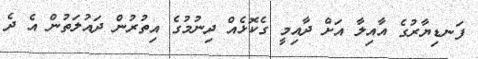
ފަނޑިޔާރުގެ އާއިލާ އަށް ދާއިމީ ގެކޮޅެއް ދިނުމުގެ އިތުރުން ދައުލަތުން އެ ދެ